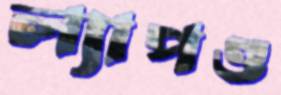
ল্যাপও